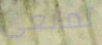
تمانعى